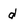
Character: d